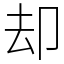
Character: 却